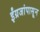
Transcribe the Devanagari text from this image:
ईंग्रजांपासून